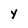
Character: Y